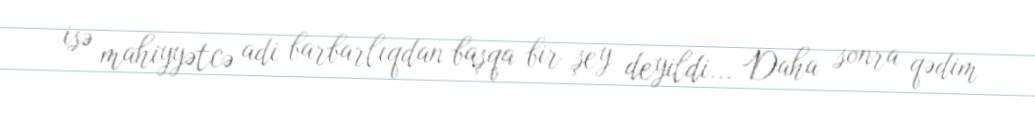
isə mahiyyətcə adi barbarlıqdan başqa bir şey deyildi... Daha sonra qədim